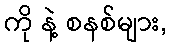
ကို နဲ့ စနစ်များ,